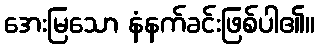
အေးမြသော နံနက်ခင်းဖြစ်ပါ၏။